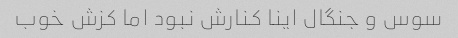
سوس و جنگال اینا کنارش نبود اما کزش خوب